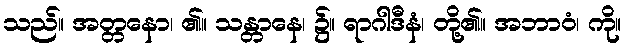
သည်။ အတ္တနော၊ ၏။ သန္တာနေ၊ ၌။ ရာဂါဒီနံ၊ တို့၏။ အဘာဝံ၊ ကို။